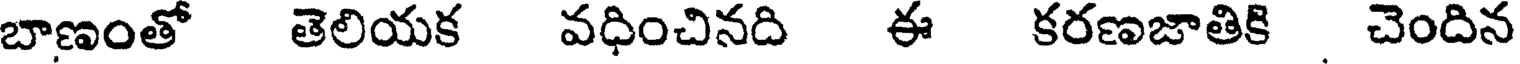
బాణంతో తెలియక వధించినది ఈ కరణజాతికి చెందిన